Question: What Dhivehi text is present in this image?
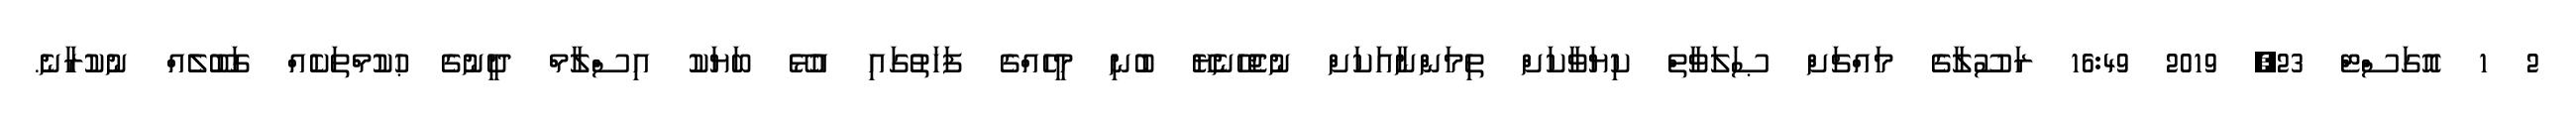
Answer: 2 1 އޮގަސްޓް 23, 2019 16:49 ރަސޫލާގެ މައްޗަށް ޞަލަވާތް ކިޔަވާކަށް ތިމަންނާއަކަށް ނުޖެހޭނެޔޭ ބުނި މީހެއްގެ ފަހަތުގައި އުޅޭ ބަޔަކު އިސްލާމް ދީނުގެ ޙުކުމްތަކެއް ގަބޫލެއް ނުކުރާނެ.